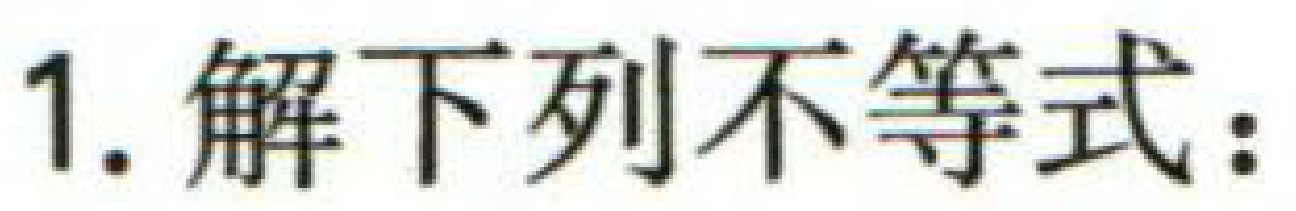
1. 解下列不等式：